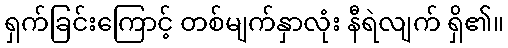
ရှက်ခြင်းကြောင့် တစ်မျက်နှာလုံး နီရဲလျက် ရှိ၏။